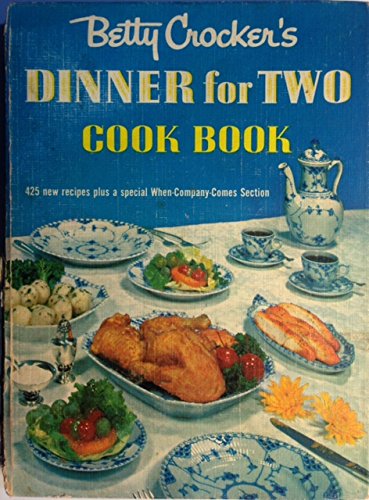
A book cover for Betty Crocker's Dinner For Two Cook Book; Betty Crocker; Cookbooks, Food & Wine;